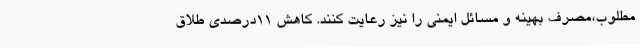
مطلوب،مصرف بهینه و مسائل ایمنی را نیز رعایت کنند. کاهش 11درصدی طلاق